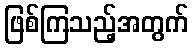
ဖြစ်ကြသည့်အတွက်